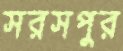
সরসপুর